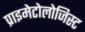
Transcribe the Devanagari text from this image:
प्राइमेटोलोजिस्ट